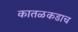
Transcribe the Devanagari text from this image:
कातळकडाच